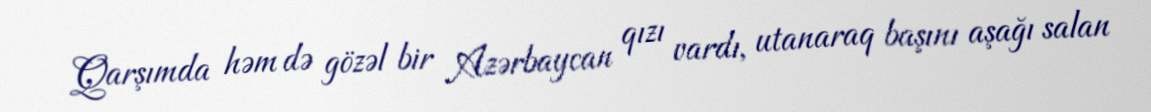
Qarşımda həm də gözəl bir Azərbaycan qızı vardı, utanaraq başını aşağı salan